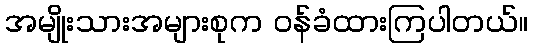
အမျိုးသားအများစုက ဝန်ခံထားကြပါတယ်။